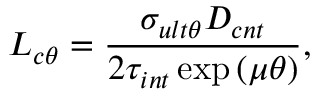
L _ { c \theta } = \frac { \sigma _ { u l t \theta } D _ { c n t } } { 2 \tau _ { i n t } \exp \left( \mu \theta \right) } ,